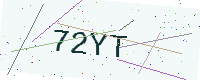
Text: 72YT